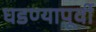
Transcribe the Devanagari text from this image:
घडण्यापूर्वी